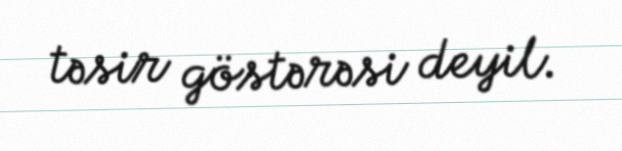
təsir göstərəsi deyil.